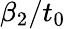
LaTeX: \beta_{2}/t_{0}